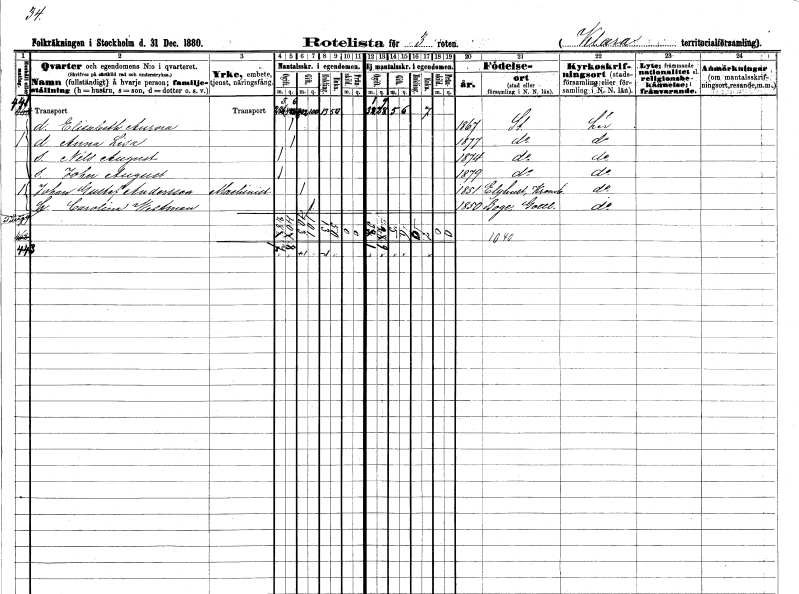
gt_parse: households: individuals: FN: Elisabeth Aurora
KON: K
CIV: O
FODAR: 1867
FODFORS: Stockholm
FN: Anna Lisa
KON: K
CIV: O
FODAR: 1877
FODFORS: Stockholm
FN: Nils August
KON: M
CIV: O
FODAR: 1874
FODFORS: Stockholm
FN: John August
KON: M
CIV: O
FODAR: 1879
FODFORS: Stockholm
FN: Johan Gustaf
EN: Andersson
YRKE: Maskinist
KON: M
CIV: G
FODAR: 1851
FODFORS: Älghult Kronobergs län
FN: Carolina
EN: Westman
KON: K
CIV: G
FODAR: 1850
FODFORS: Boge Gotlands län